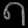
Digit: ၈